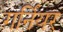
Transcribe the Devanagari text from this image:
गर्नियर